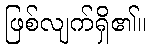
ဖြစ်လျက်ရှိ၏။